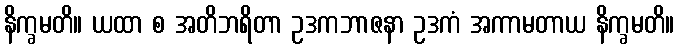
နိက္ခမတိ။ ယထာ စ အတိဘရိတာ ဥဒကဘာဇနာ ဥဒကံ အကာမတာယ နိက္ခမတိ။